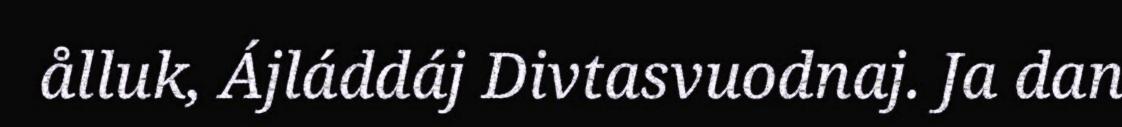
ålluk, Ájláddáj Divtasvuodnaj. Ja dan